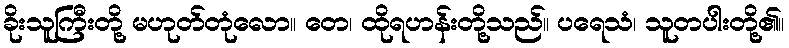
ခိုးသူကြီးတို့ မဟုတ်တုံလော။ တေ၊ ထိုရဟန်းတို့သည်။ ပရေသံ၊ သူတပါးတို့၏။